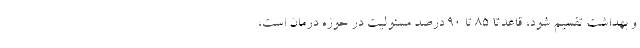
و بهداشت تقسیم شود، قاعدتا ۸۵ تا ۹۰ درصد مسئولیت در حوزه درمان است،